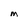
Character: M